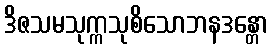
ဒိဇသမသုက္ကသုစိသောဘနဒန္တော